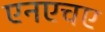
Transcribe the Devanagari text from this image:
एनएचए